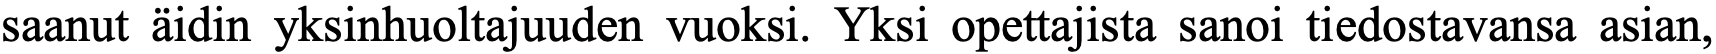
saanut äidin yksinhuoltajuuden vuoksi. Yksi opettajista sanoi tiedostavansa asian,